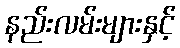
နည်းလမ်းများနှင့်